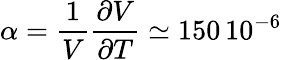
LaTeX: \alpha\displaystyle=\frac{1}{V}\frac{\partial V}{\partial T}\simeq 150\, 10^{-6}